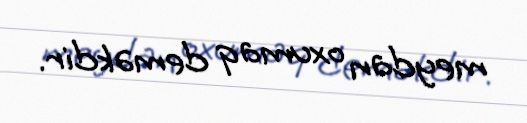
meydan oxumaq deməkdir.